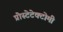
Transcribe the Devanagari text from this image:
प्रोस्टेटेक्टोमी